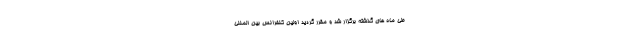
طی ماه های گذشته برگزار شد و مقرر گردید اولین کنفرانس بین المللی